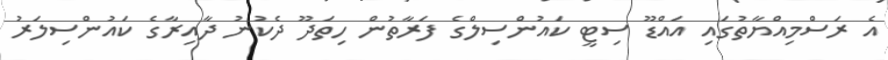
އެ ރަސްމިއްޔާތުގައި އައްޑޫ ސިޓީ ކައުންސިލްގެ ފަރާތުން ހިތަދޫ ދެކުނު ދާއިރާގެ ކައުންސިލަރު